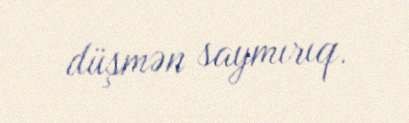
düşmən saymırıq.